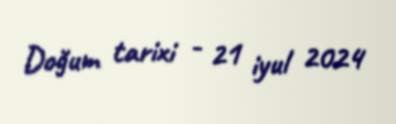
Doğum tarixi - 21 iyul 2024